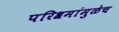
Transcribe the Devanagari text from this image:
परिश्रमांमुळेच